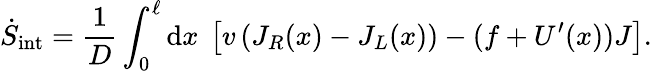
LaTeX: \dot{S}_{\mathrm{int}}=\frac{1}{D}\int_{0}^{\ell}\mathrm{d}x~\left[v\left(J_{R}(x)-J_{L}(x)\right)-(f+U^{\prime}(x))J\right].